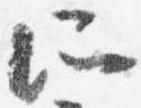
所